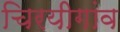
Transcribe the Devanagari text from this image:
चिरयीगांव